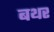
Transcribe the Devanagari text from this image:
बथर